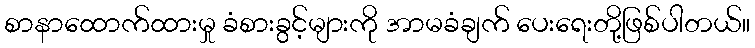
စာနာထောက်ထားမှု ခံစားခွင့်များကို အာမခံချက် ပေးရေးတို့ဖြစ်ပါတယ်။